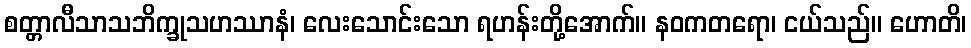
စတ္တာလီသာသဘိက္ခုသဟဿာနံ၊ လေးသောင်းသော ရဟန်းတို့အောက်။ နဝကတရော၊ ငယ်သည်။ ဟောတိ၊